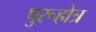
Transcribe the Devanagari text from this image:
पुरूहोत्र